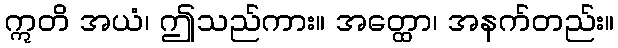
ဣတိ အယံ၊ ဤသည်ကား။ အတ္ထော၊ အနက်တည်း။